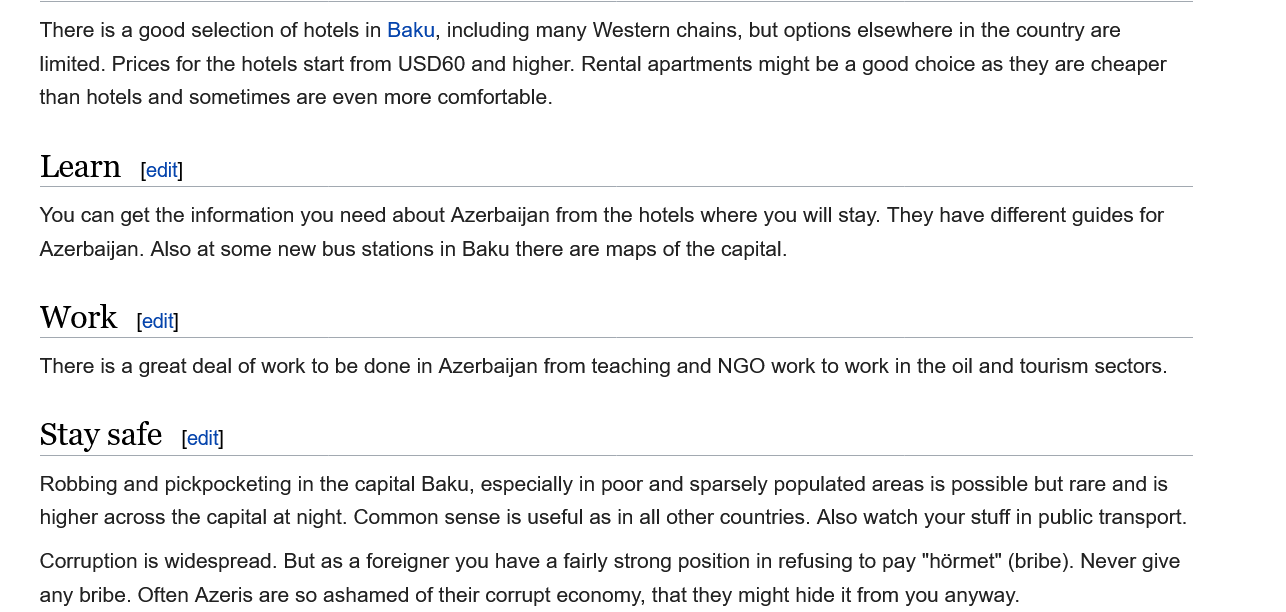
There is a good selection of hotels in Baku, including many Western chains, but options elsewhere in the country are
    limited. Prices for the hotels start from USD60 and higher. Rental apartments might be a good choice as they are cheaper
    than hotels and sometimes are even more comfortable.
    Robbing and pickpocketing in the capital Baku, especially in poor and sparsely populated areas is possible but rare and is
    higher across the capital at night. Common sense is useful as in all other countries. Also watch your stuff in public transport.
    Corruption is widespread. But as a foreigner you have a fairly strong position in refusing to pay "hérmet" (bribe). Never give
    any bribe. Often Azeris are so ashamed of their corrupt economy, that they might hide it from you anyway.
    Stay   safe   [edit]
    Work    [edit]
    Learn    [edit]
    You can get the information you need about Azerbaijan from the hotels where you will stay. They have different guides for
    Azerbaijan. Also at some new bus stations in Baku there are maps of the capital.
    There is a great deal of work to be done in Azerbaijan from teaching and NGO work to work in the oil and tourism sectors.